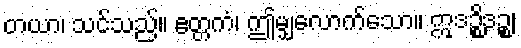
တယာ၊ သင်သည်။ ဧတ္တကံ၊ ဤမျှလောက်သော။ ဣဒဉ္စိဒဉ္စ၊